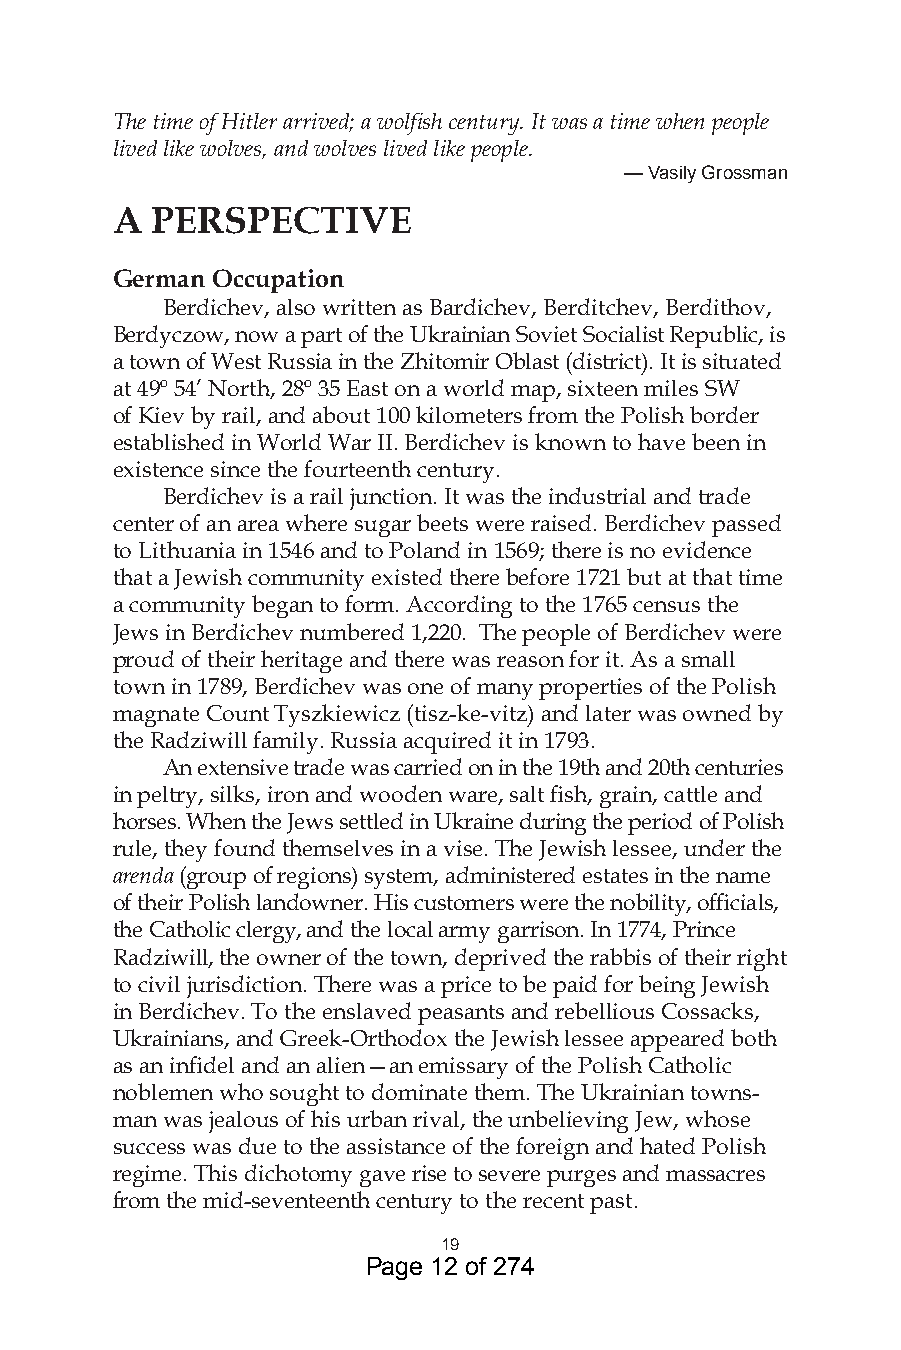
The time of Hitler arrived; a wolfish century. It was a time when people
 lived like wolves, and wolves lived like people.
 — Vasily Grossman
 A  PERSPECTIVE
 German Occupation
 Berdichev, also written as Bardichev, Berditchev, Berdithov,
 Berdyczow, now a part of the Ukrainian Soviet Socialist Republic, is
 a town of West Russia in the Zhitomir Oblast (district). It is situated
 at 49º 54’ North, 28º 35 East on a world map, sixteen miles SW
 of Kiev by rail, and about 100 kilometers from the Polish border
 established in World War II. Berdichev is known to have been in
 existence since the fourteenth century.
 Berdichev is a rail junction. It was the industrial and trade
 center of an area where sugar beets were raised. Berdichev passed
 to Lithuania in 1546 and to Poland in 1569; there is no evidence
 that a Jewish community existed there before 1721 but at that time
 a community began to form. According to the 1765 census the
 Jews in Berdichev numbered 1,220. The people of Berdichev were
 proud of their heritage and there was reason for it. As a small
 town in 1789, Berdichev was one of many properties of the Polish
 magnate Count Tyszkiewicz (tisz-ke-vitz) and later was owned by
 the Radziwill family. Russia acquired it in 1793.
 An extensive trade was carried on in the 19th and 20th centuries
 in peltry, silks, iron and wooden ware, salt fish, grain, cattle and
 horses. When the Jews settled in Ukraine during the period of Polish
 rule, they found themselves in a vise. The Jewish lessee, under the
 arenda (group of regions) system, administered estates in the name
 of their Polish landowner. His customers were the nobility, officials,
 the Catholic clergy, and the local army garrison. In 1774, Prince
 Radziwill, the owner of the town, deprived the rabbis of their right
 to civil jurisdiction. There was a price to be paid for being Jewish
 in Berdichev. To the enslaved peasants and rebellious Cossacks,
 Ukrainians, and Greek-Orthodox the Jewish lessee appeared both
 as an infidel and an alien—an emissary of the Polish Catholic
 noblemen who sought to dominate them. The Ukrainian towns-
 man was jealous of his urban rival, the unbelieving Jew, whose
 success was due to the assistance of the foreign and hated Polish
 regime. This dichotomy gave rise to severe purges and massacres
 from the mid-seventeenth century to the recent past.
 9
 Page 12 of 274